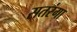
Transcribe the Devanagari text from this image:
सतरंगा